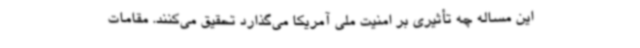
این مساله چه تأثیری بر امنیت ملی آمریکا می‌گذارد تحقیق می‌کنند. مقامات